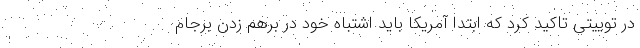
در توییتی تاکید کرد که ابتدا آمریکا باید اشتباه خود در برهم زدن برجام